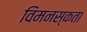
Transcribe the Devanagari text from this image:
विमनस्कता